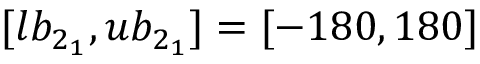
[ l b _ { 2 _ { 1 } } , u b _ { 2 _ { 1 } } ] = [ - 1 8 0 , 1 8 0 ]